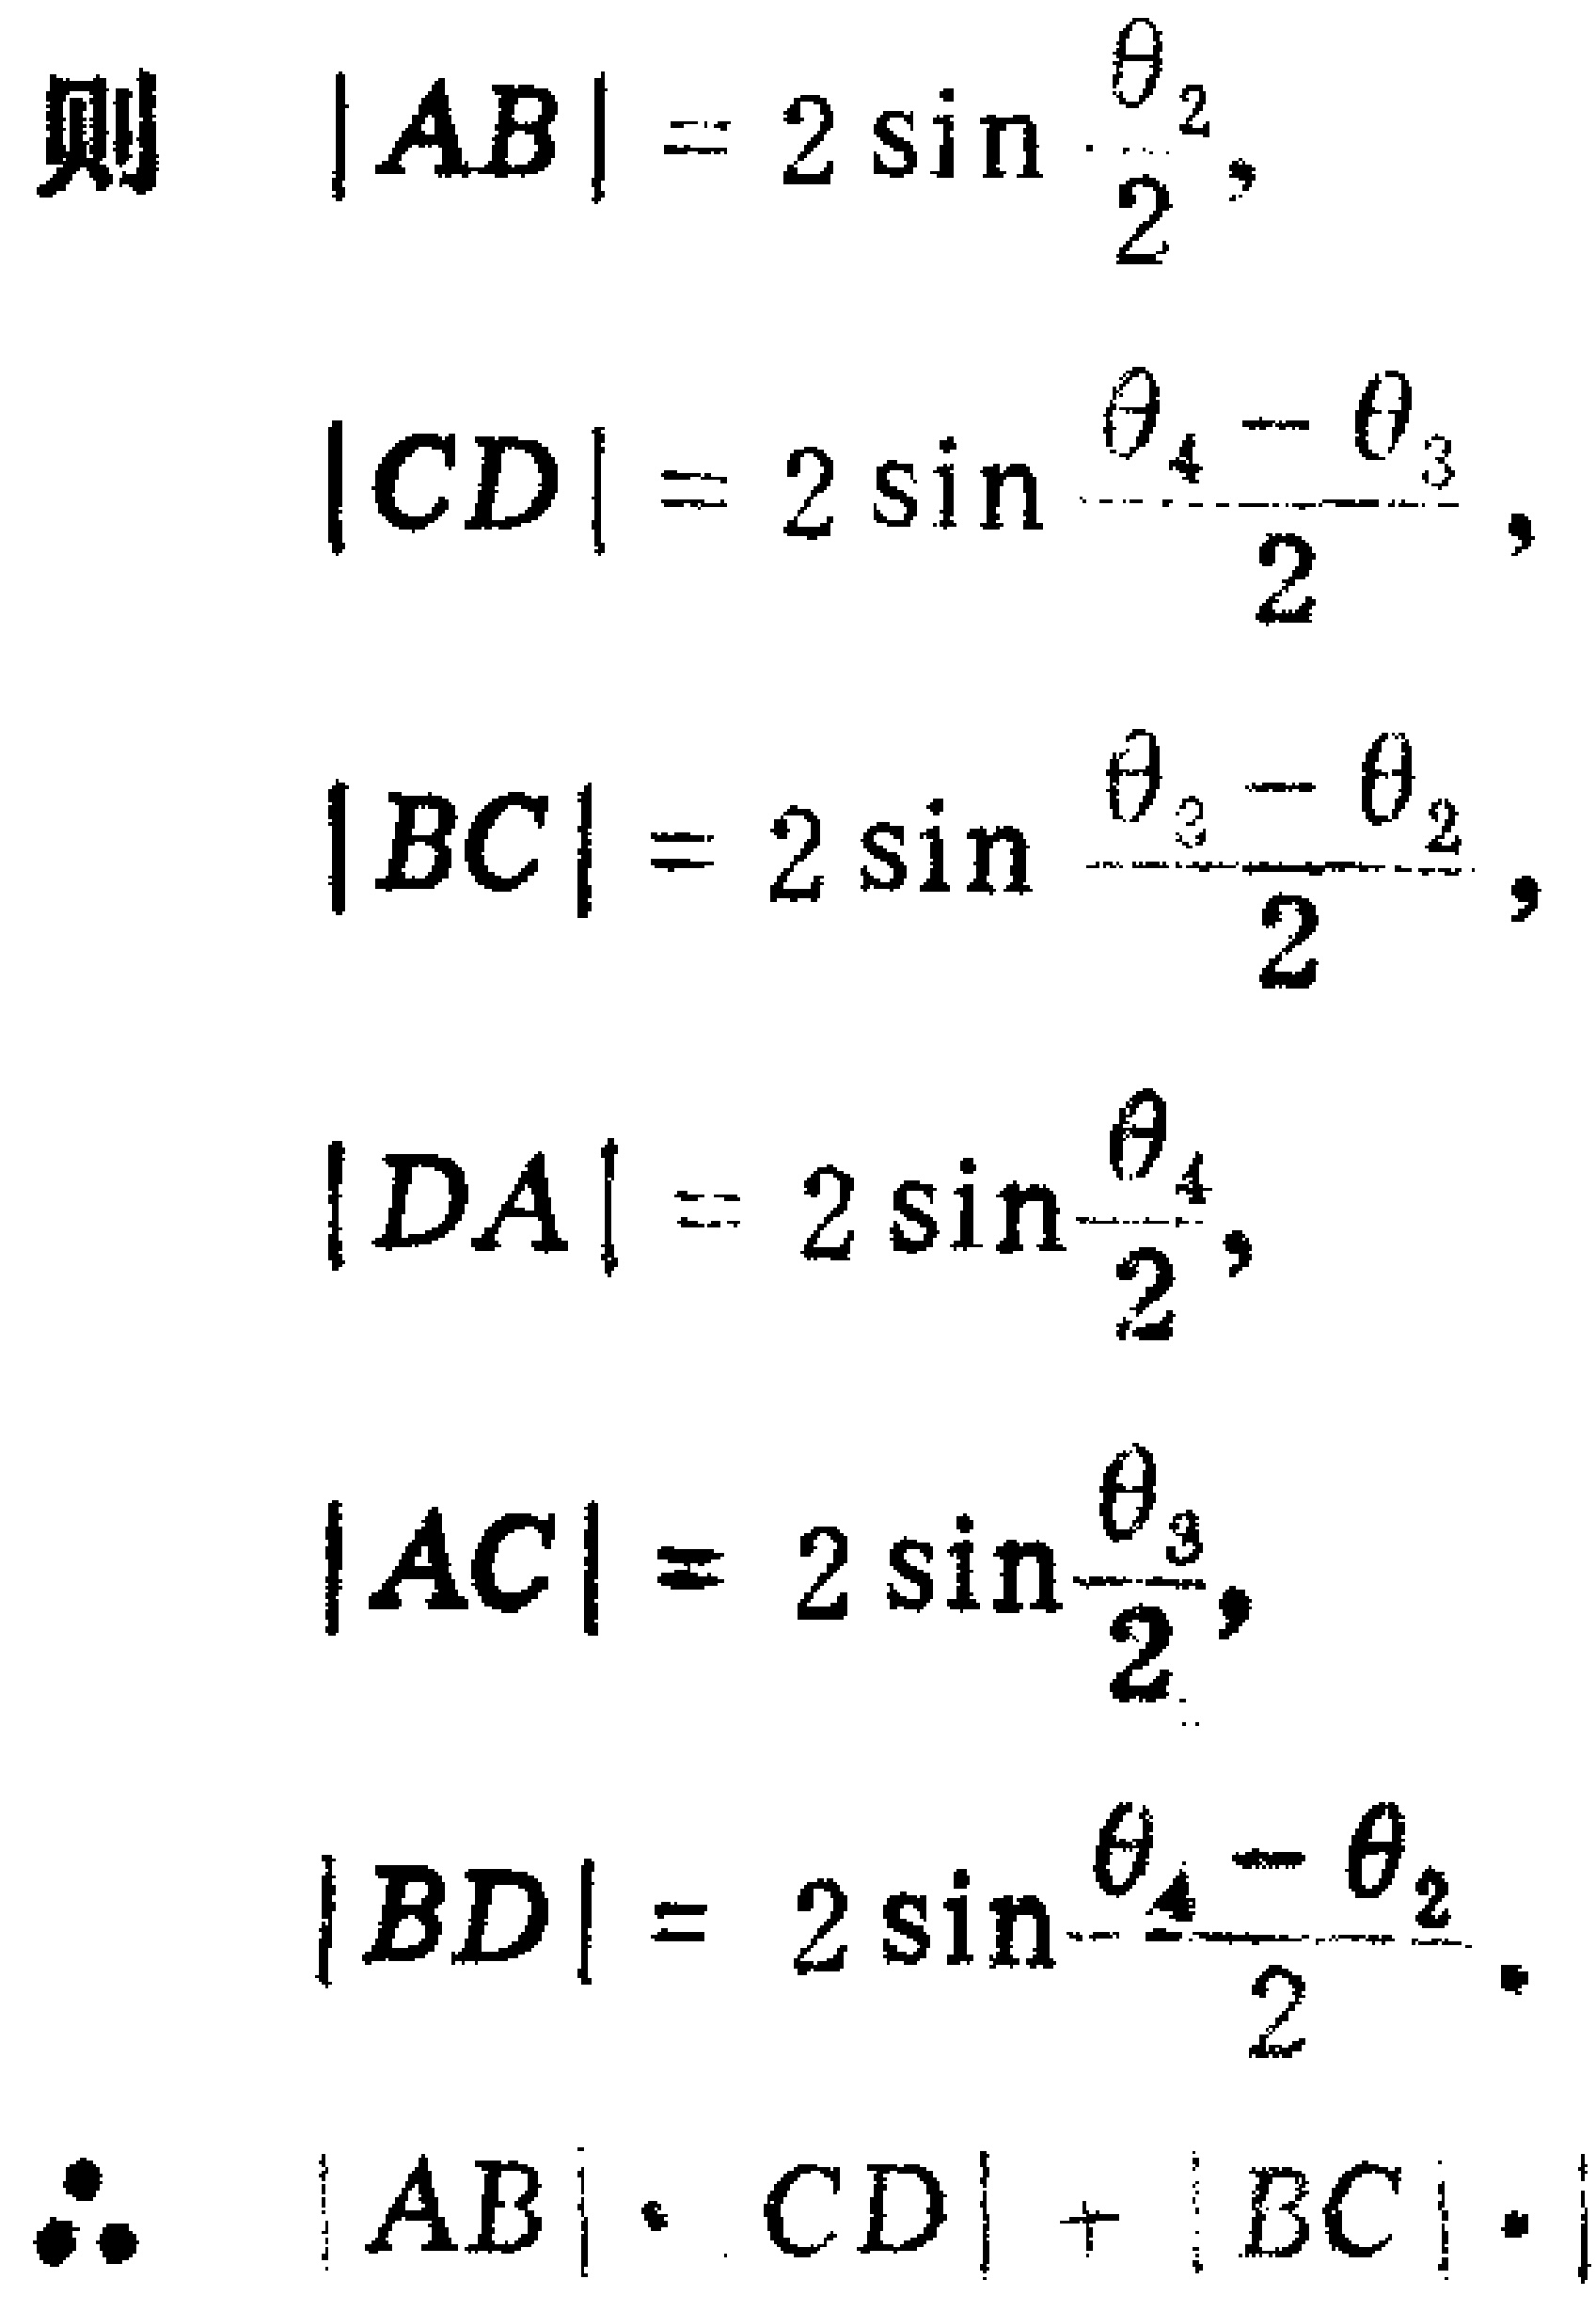
则
\[
\begin{align*}
|AB|& = 2\sin\frac{\theta_{2}}{2},\\
|CD|& = 2\sin\frac{\theta_{4}-\theta_{3}}{2},\\
|BC|& = 2\sin\frac{\theta_{3}-\theta_{2}}{2},\\
|DA|& = 2\sin\frac{\theta_{4}}{2},\\
|AC|& = 2\sin\frac{\theta_{3}}{2},\\
|BD|& = 2\sin\frac{\theta_{4}-\theta_{2}}{2}.
\end{align*}
\]
\(\therefore\) \(|AB|\cdot|CD|+|BC|\cdot|\)